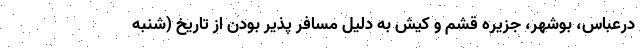
درعباس، بوشهر، جزیره قشم و کیش به دلیل مسافر پذیر بودن از تاریخ (شنبه